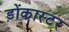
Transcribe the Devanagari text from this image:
ड़ोंकास्टर